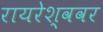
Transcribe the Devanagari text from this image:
रायरेश्ववर